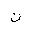
Letter: _non